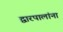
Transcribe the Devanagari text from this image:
द्वारपालांना